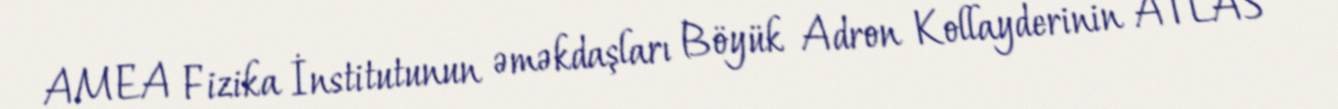
AMEA Fizika İnstitutunun əməkdaşları Böyük Adron Kollayderinin ATLAS